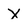
Character: x